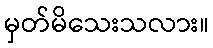
မှတ်မိသေးသလား။